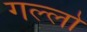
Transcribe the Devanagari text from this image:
गल्लो